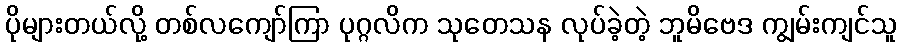
ပိုများတယ်လို့ တစ်လကျော်ကြာ ပုဂ္ဂလိက သုတေသန လုပ်ခဲ့တဲ့ ဘူမိဗေဒ ကျွမ်းကျင်သူ